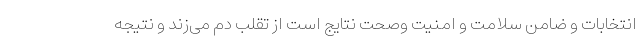
انتخابات و ضامن سلامت و امنیت وصحت نتایج است از تقلب دم می‌زند و نتیجه